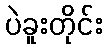
ပဲခူးတိုင်း